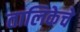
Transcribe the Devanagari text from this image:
तालिकेचे